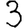
Digit: 3